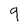
Character: 9